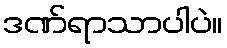
ဒဏ်ရာသာပါပဲ။